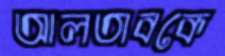
আলতাবকে